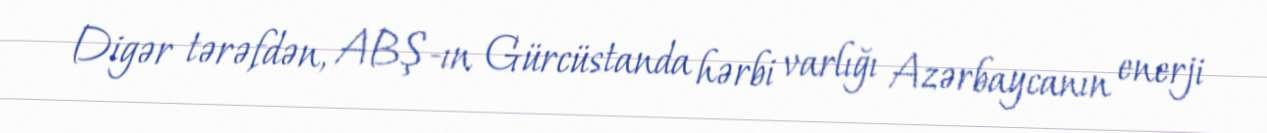
Digər tərəfdən, ABŞ-ın Gürcüstanda hərbi varlığı Azərbaycanın enerji